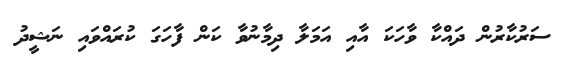
ސަރުކާރުން ދައްކާ ވާހަކަ އާއި އަމަލާ ދިމާނުވާ ކަން ފާހަގަ ކުރައްވައި ނަޝީދު